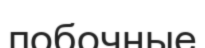
побочные